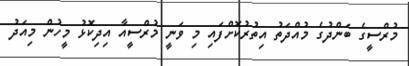
މުރްސީގެ ބަންދުގެ މުއްދަތު އިތުރުކޮށްފައި މި ވަނީ މުރްސީއާ އިދިކޮޅު މީހުން މިއަދު